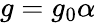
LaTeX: g=g_{0}\alpha